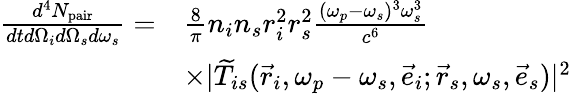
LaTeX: \begin{array}{rl}{\frac{d^{4}N_{\mathrm{pair}}}{dtd\Omega_{i}d\Omega_{s}d\omega_{s}}=}&{\frac{8}{\pi}n_{i}n_{s}r_{i}^{2}r_{s}^{2}\frac{(\omega_{p}-\omega_{s})^{3}\omega_{s}^{3}}{c^{6}}}\\ &{\times\lvert\widetilde{T}_{is}(\vec{r}_{i},\omega_{p}-\omega_{s},\vec{e}_{i};\vec{r}_{s},\omega_{s},\vec{e}_{s})\rvert^{2}}\end{array}